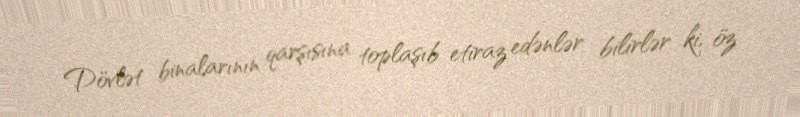
Dövlət binalarının qarşısına toplaşıb etiraz edənlər bilirlər ki, öz